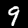
Label: 9